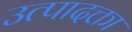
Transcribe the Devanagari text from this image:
उत्पादक्ता